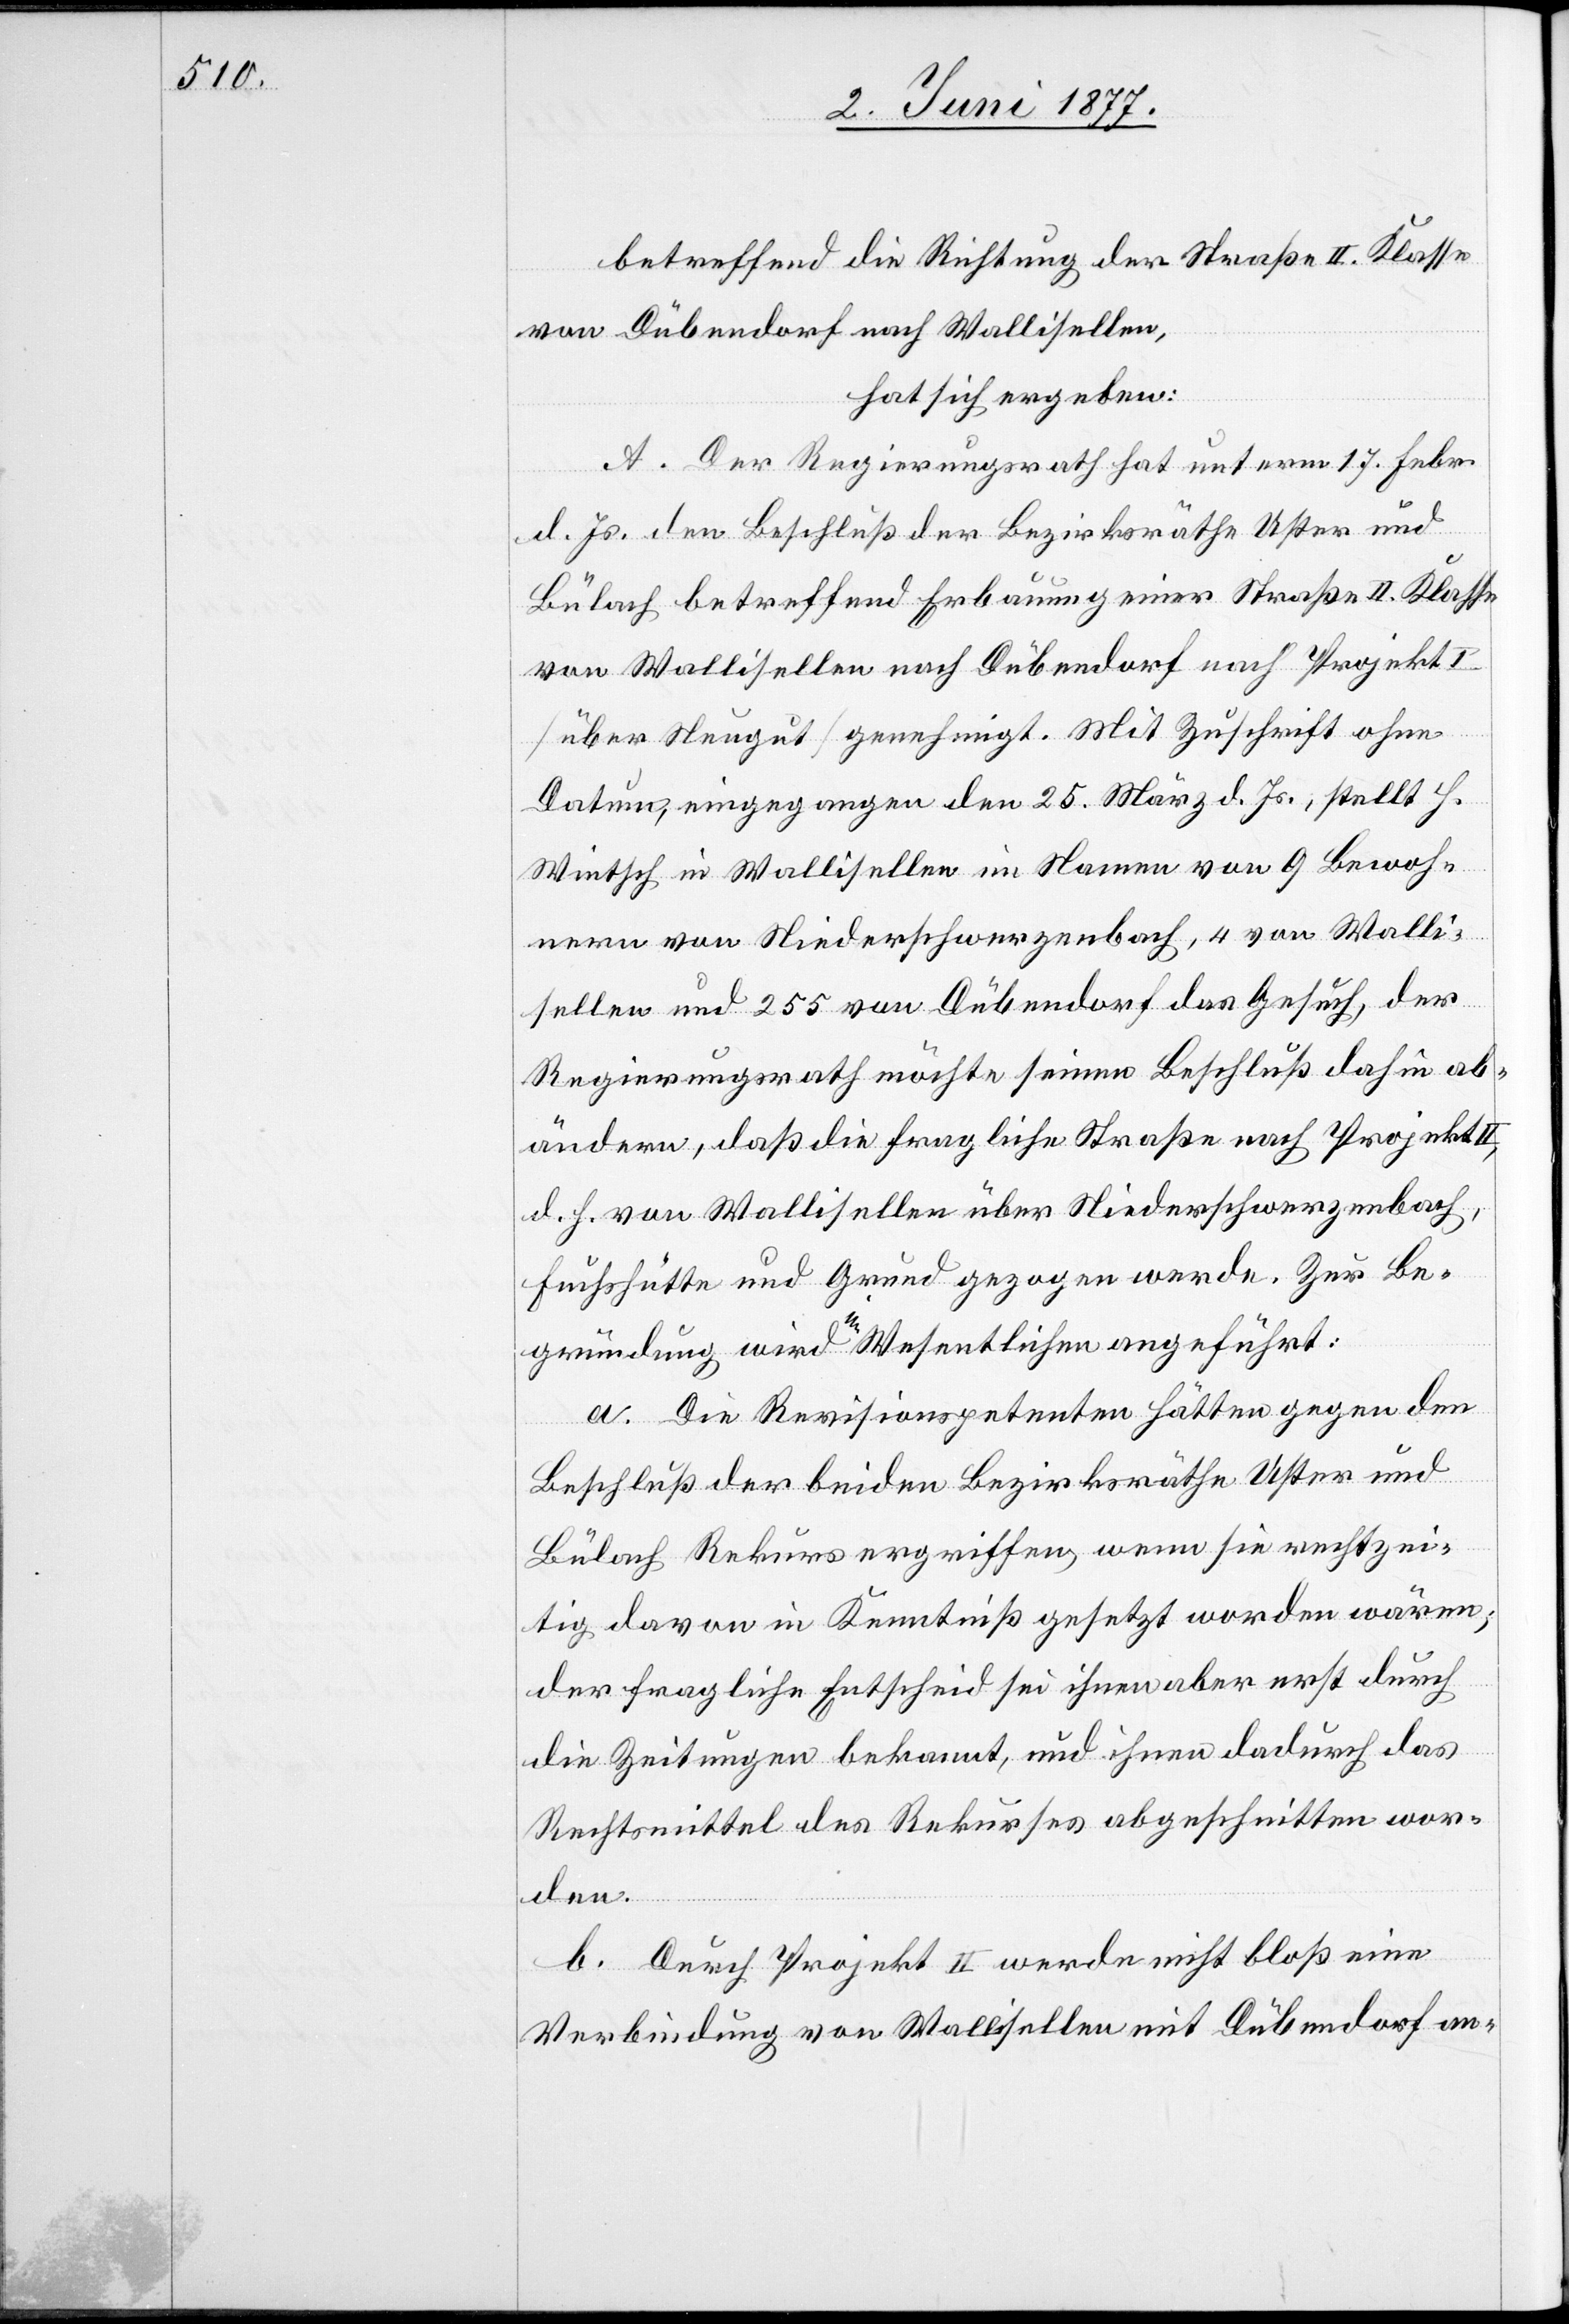
betreffend die Richtung der Straße II. Klasse
von Dübendorf nach Wallisellen,
hat sich ergeben:
A. Der Regierungsrath hat unterm 17. Febr.
d. Js. den Beschluß der Bezirksräthe Uster und
Bülach betreffend Erbauung einer Straße II. Klasse
von Wallisellen nach Dübendorf nach Projekt
[über Neugut] genehmigt. Mit Zuschrift ohne
Datum, eingegangen den 25. März d. Js., stellt H.
Wintsch in Wallisellen im Namen von 9 Bewoh¬
nern von Niederschwerzenbach, 4 von Walli¬
sellen und 255 von Dübendorf das Gesuch, der
Regierungsrath möchte seinen Beschluß dahin ab¬
ändern, daß die fragliche Straße nach Projekt
d. h. von Wallisellen über Niederschwerzenbach,
Fuchshütte und Grund gezogen werde. Zur Be¬
gründung wird im Wesentlichen angeführt:
a. Die Revisionspetenten hätten gegen den
Beschluß der beiden Bezirksräthe Uster und
Bülach Rekurs ergriffen, wenn sie rechtzei¬
tig davon in Kenntniß gesetzt worden wären;
der fragliche Entscheid sei ihnen aber erst durch
die Zeitungen bekannt, und ihnen dadurch das
Rechtsmittel des Rekurses abgeschnitten wor¬
den.
b. Durch Projekt II werde nicht bloß eine
Verbindung von Wallisellen mit Dübendorf an-